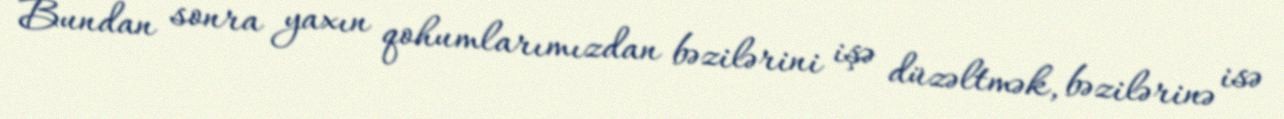
Bundan sonra yaxın qohumlarımızdan bəzilərini işə düzəltmək, bəzilərinə isə